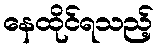
နေထိုင်ရသည့်